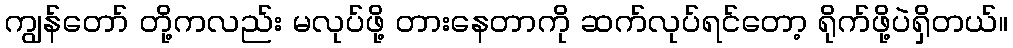
ကျွန်တော် တို့ကလည်း မလုပ်ဖို့ တားနေတာကို ဆက်လုပ်ရင်တော့ ရိုက်ဖို့ပဲရှိတယ်။